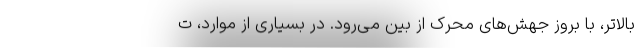
بالاتر، با بروز جهش‌های محرک از بین می‌رود. در بسیاری از موارد، ت